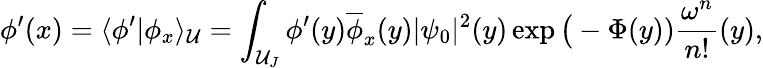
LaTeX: \phi^{\prime}(x)=\langle\phi^{\prime}|\phi_{x}\rangle_{\cal U}=\int_{{\cal U}_{J}}\phi^{\prime}(y)\overline{{{\phi}}}_{x}(y)|\psi_{0}|^{2}(y)\exp\big(-\Phi(y)){\frac{\omega^{n}}{n!}}(y),